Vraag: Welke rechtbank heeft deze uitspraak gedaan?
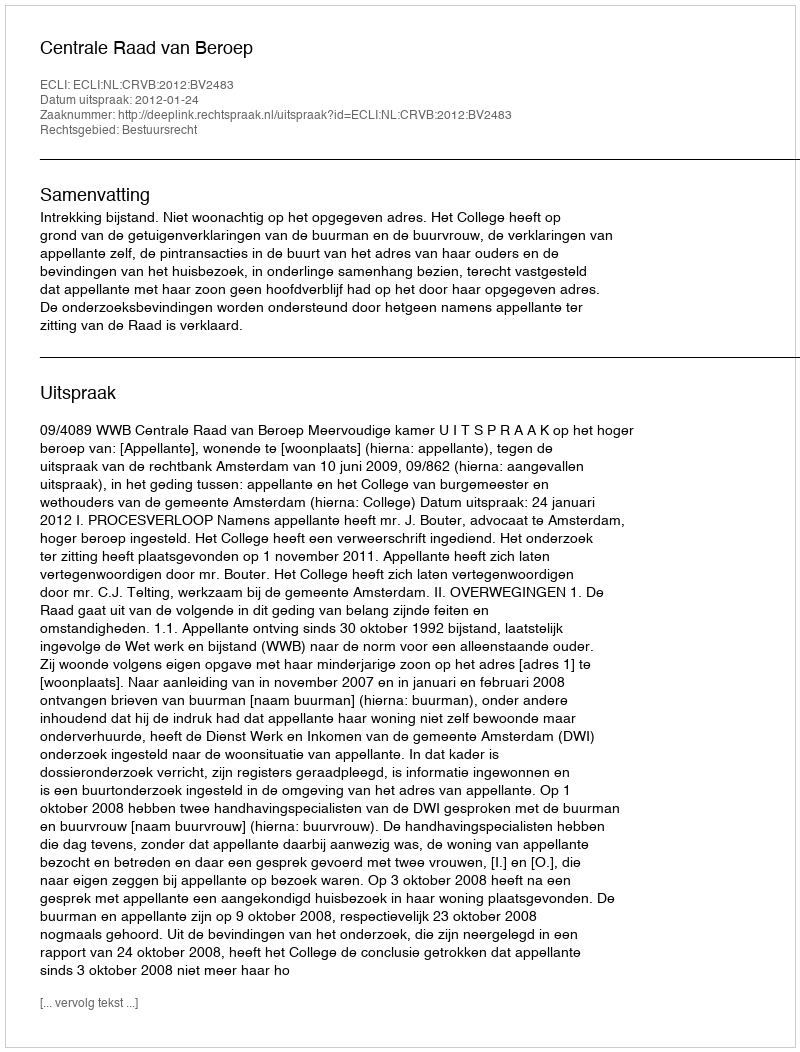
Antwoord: Centrale Raad van Beroep